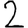
Digit: 2